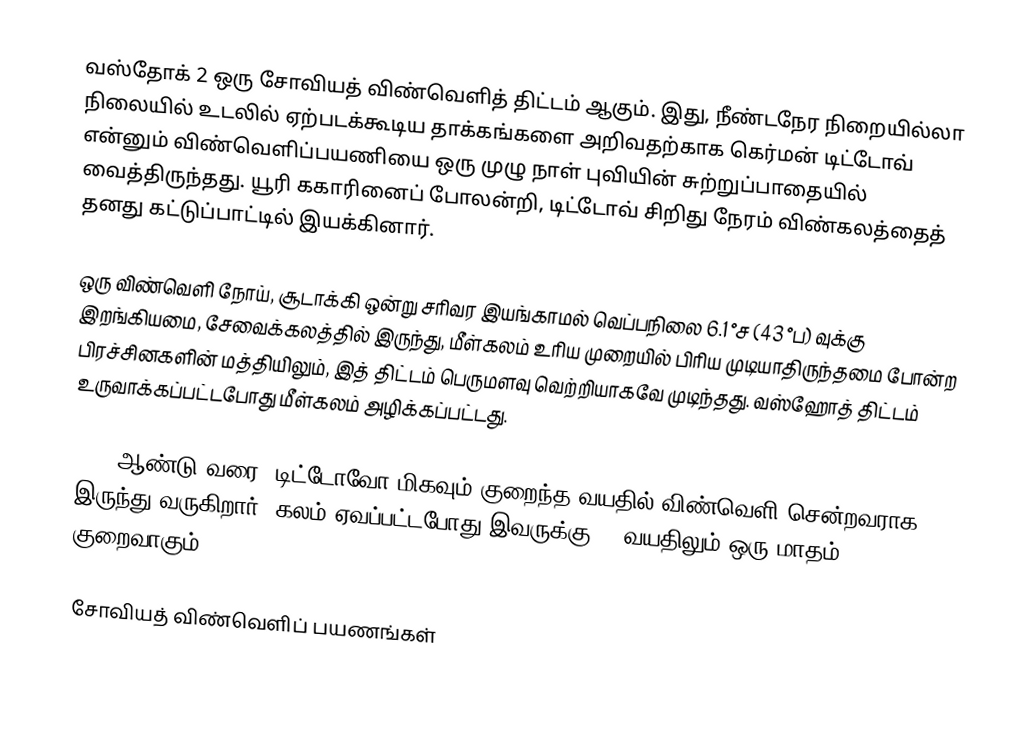
வஸ்தோக் 2 ஒரு சோவியத் விண்வெளித் திட்டம் ஆகும். இது, நீண்டநேர நிறையில்லா நிலையில் உடலில் ஏற்படக்கூடிய தாக்கங்களை அறிவதற்காக கெர்மன் டிட்டோவ் என்னும் விண்வெளிப்பயணியை ஒரு முழு நாள் புவியின் சுற்றுப்பாதையில் வைத்திருந்தது. யூரி ககாரினைப் போலன்றி, டிட்டோவ் சிறிது நேரம் விண்கலத்தைத் தனது கட்டுப்பாட்டில் இயக்கினார்.

ஒரு விண்வெளி நோய், சூடாக்கி ஒன்று சரிவர இயங்காமல் வெப்பநிலை 6.1 °ச (43 °ப) வுக்கு இறங்கியமை, சேவைக்கலத்தில் இருந்து, மீள்கலம் உரிய முறையில் பிரிய முடியாதிருந்தமை போன்ற பிரச்சினகளின் மத்தியிலும், இத் திட்டம் பெருமளவு வெற்றியாகவே முடிந்தது. வஸ்ஹோத் திட்டம் உருவாக்கப்பட்டபோது மீள்கலம் அழிக்கப்பட்டது.

2008 ஆண்டு வரை, டிட்டோவோ மிகவும் குறைந்த வயதில் விண்வெளி சென்றவராக இருந்து வருகிறார். கலம் ஏவப்பட்டபோது இவருக்கு 26 வயதிலும் ஒரு மாதம் குறைவாகும்.

சோவியத் விண்வெளிப் பயணங்கள்